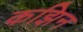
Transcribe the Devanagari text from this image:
कझिन